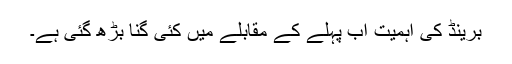
برینڈ کی اہمیت اب پہلے کے مقابلے میں کئی گنا بڑھ گئی ہے۔